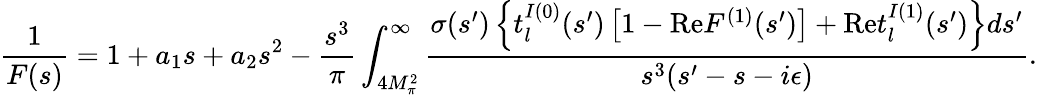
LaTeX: \frac{1}{F(s)}=1+a_{1}s+a_{2}s^{2}-\frac{s^{3}}{\pi}\int_{4M_{\pi}^{2}}^{\infty}\frac{\sigma(s^{\prime})\left\{ t_{l}^{I(0)}(s^{\prime})\left[1-\mathrm{Re}F^{(1)}(s^{\prime})\right]+\mathrm{Re}t_{l}^{I(1)}(s^{\prime})\right\} ds^{\prime}}{s^{3}(s^{\prime}-s-i\epsilon)}.